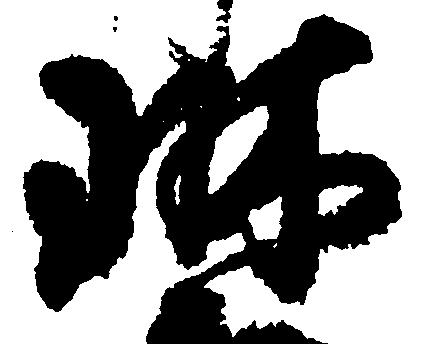
琳